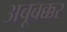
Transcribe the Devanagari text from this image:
अबूबक्कर